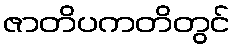
ဇာတိပကတိတွင်